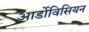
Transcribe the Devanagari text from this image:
आर्डोविसियन